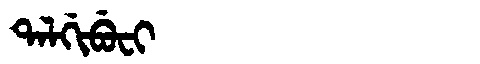
Manchu: ᡨᠠᠯᡤᡳᠪᡠᠸᡳ
Romanization: TALGIBUFI